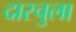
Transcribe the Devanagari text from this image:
दारचुला